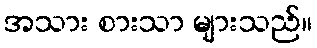
အသား စားသာ များသည်။